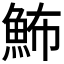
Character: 𩶉